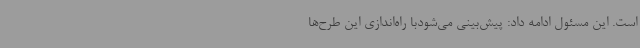
است. این مسئول ادامه داد: پیش‌بینی می‌شودبا راه‌اندازی این طرح‌ها